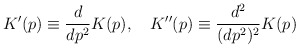
\begin{align*}K'(p) \equiv \frac{d}{dp^2} K(p),\quad K'' (p) \equiv \frac{d^2}{(dp^2)^2} K(p)\end{align*}